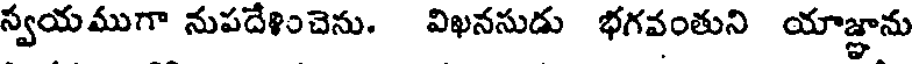
స్వయముగా నుపదేళించెను. విఖనసుడు భగవంతుని యాజ్ఞాను